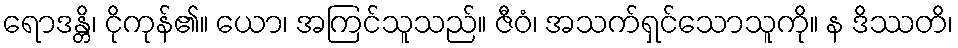
ရောဒန္တိ၊ ငိုကုန်၏။ ယော၊ အကြင်သူသည်။ ဇီဝံ၊ အသက်ရှင်သောသူကို။ န ဒိဿတိ၊